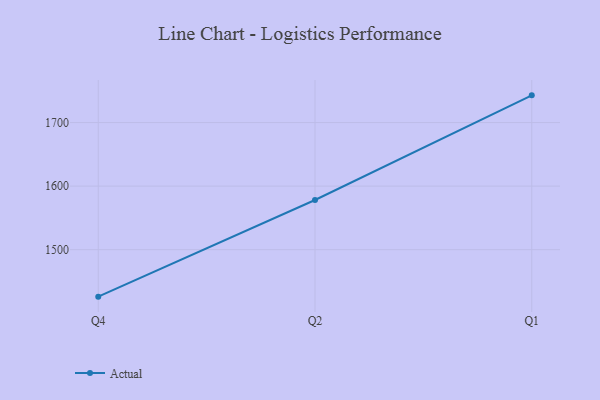
{"axis": {"x": "Quarter", "y": "Page Views"}, "legend": ["Actual"], "data": [{"x": "Q4", "y": 1426.1, "type": "Actual"}, {"x": "Q2", "y": 1578.2, "type": "Actual"}, {"x": "Q1", "y": 1742.8, "type": "Actual"}]}